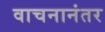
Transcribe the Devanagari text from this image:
वाचनानंतर